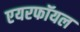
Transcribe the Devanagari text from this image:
एयरफॉयल